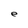
Character: e